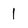
Character: 1